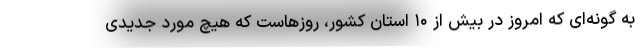
به گونه‌ای که امروز در بیش از ۱۰ استان کشور، روزهاست که هیچ مورد جدیدی